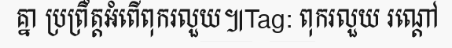
គ្នា ប្រព្រឹត្តអំពើពុករលួយ៕Tag: ពុករលួយ រណ្តៅ